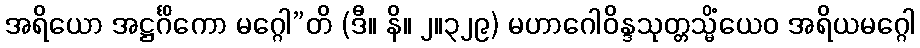
အရိယော အဋ္ဌင်္ဂိကော မဂ္ဂေါ”တိ (ဒီ။ နိ။ ၂။၃၂၉) မဟာဂေါဝိန္ဒသုတ္တသ္မိံယေဝ အရိယမဂ္ဂေါ